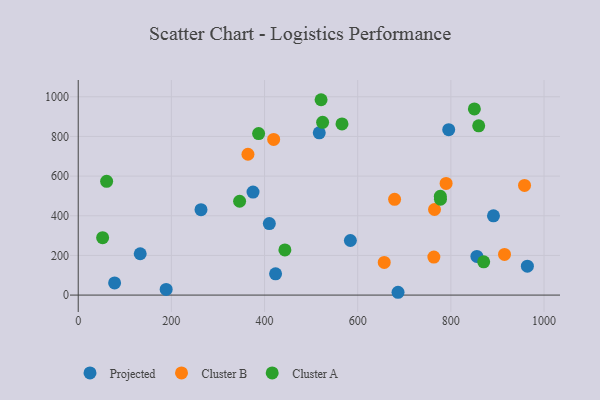
{"axis": {"x": "Investment", "y": "Rating"}, "legend": ["Cluster A", "Cluster B", "Projected"], "data": [{"x": "891.5", "y": 399.7, "type": "Projected"}, {"x": "423.7", "y": 107.1, "type": "Projected"}, {"x": "686.6", "y": 14.2, "type": "Projected"}, {"x": "78.1", "y": 61.5, "type": "Projected"}, {"x": "263.6", "y": 430.9, "type": "Projected"}, {"x": "855.9", "y": 195.0, "type": "Projected"}, {"x": "517.5", "y": 818.1, "type": "Projected"}, {"x": "188.8", "y": 28.6, "type": "Projected"}, {"x": "375.3", "y": 519.3, "type": "Projected"}, {"x": "795.4", "y": 834.1, "type": "Projected"}, {"x": "964.3", "y": 146.0, "type": "Projected"}, {"x": "410.3", "y": 360.7, "type": "Projected"}, {"x": "584.3", "y": 275.2, "type": "Projected"}, {"x": "133.1", "y": 208.5, "type": "Projected"}, {"x": "419.6", "y": 785.1, "type": "Cluster B"}, {"x": "764.9", "y": 431.5, "type": "Cluster B"}, {"x": "657.0", "y": 164.6, "type": "Cluster B"}, {"x": "679.2", "y": 483.1, "type": "Cluster B"}, {"x": "915.2", "y": 205.0, "type": "Cluster B"}, {"x": "364.4", "y": 710.1, "type": "Cluster B"}, {"x": "763.5", "y": 191.8, "type": "Cluster B"}, {"x": "789.8", "y": 563.1, "type": "Cluster B"}, {"x": "958.2", "y": 553.0, "type": "Cluster B"}, {"x": "346.5", "y": 473.3, "type": "Cluster A"}, {"x": "777.7", "y": 483.2, "type": "Cluster A"}, {"x": "61.0", "y": 573.6, "type": "Cluster A"}, {"x": "521.4", "y": 985.1, "type": "Cluster A"}, {"x": "387.3", "y": 814.5, "type": "Cluster A"}, {"x": "777.4", "y": 498.5, "type": "Cluster A"}, {"x": "859.8", "y": 853.6, "type": "Cluster A"}, {"x": "566.3", "y": 863.0, "type": "Cluster A"}, {"x": "52.4", "y": 289.6, "type": "Cluster A"}, {"x": "524.7", "y": 870.9, "type": "Cluster A"}, {"x": "443.7", "y": 227.8, "type": "Cluster A"}, {"x": "870.5", "y": 167.8, "type": "Cluster A"}, {"x": "850.5", "y": 938.7, "type": "Cluster A"}]}